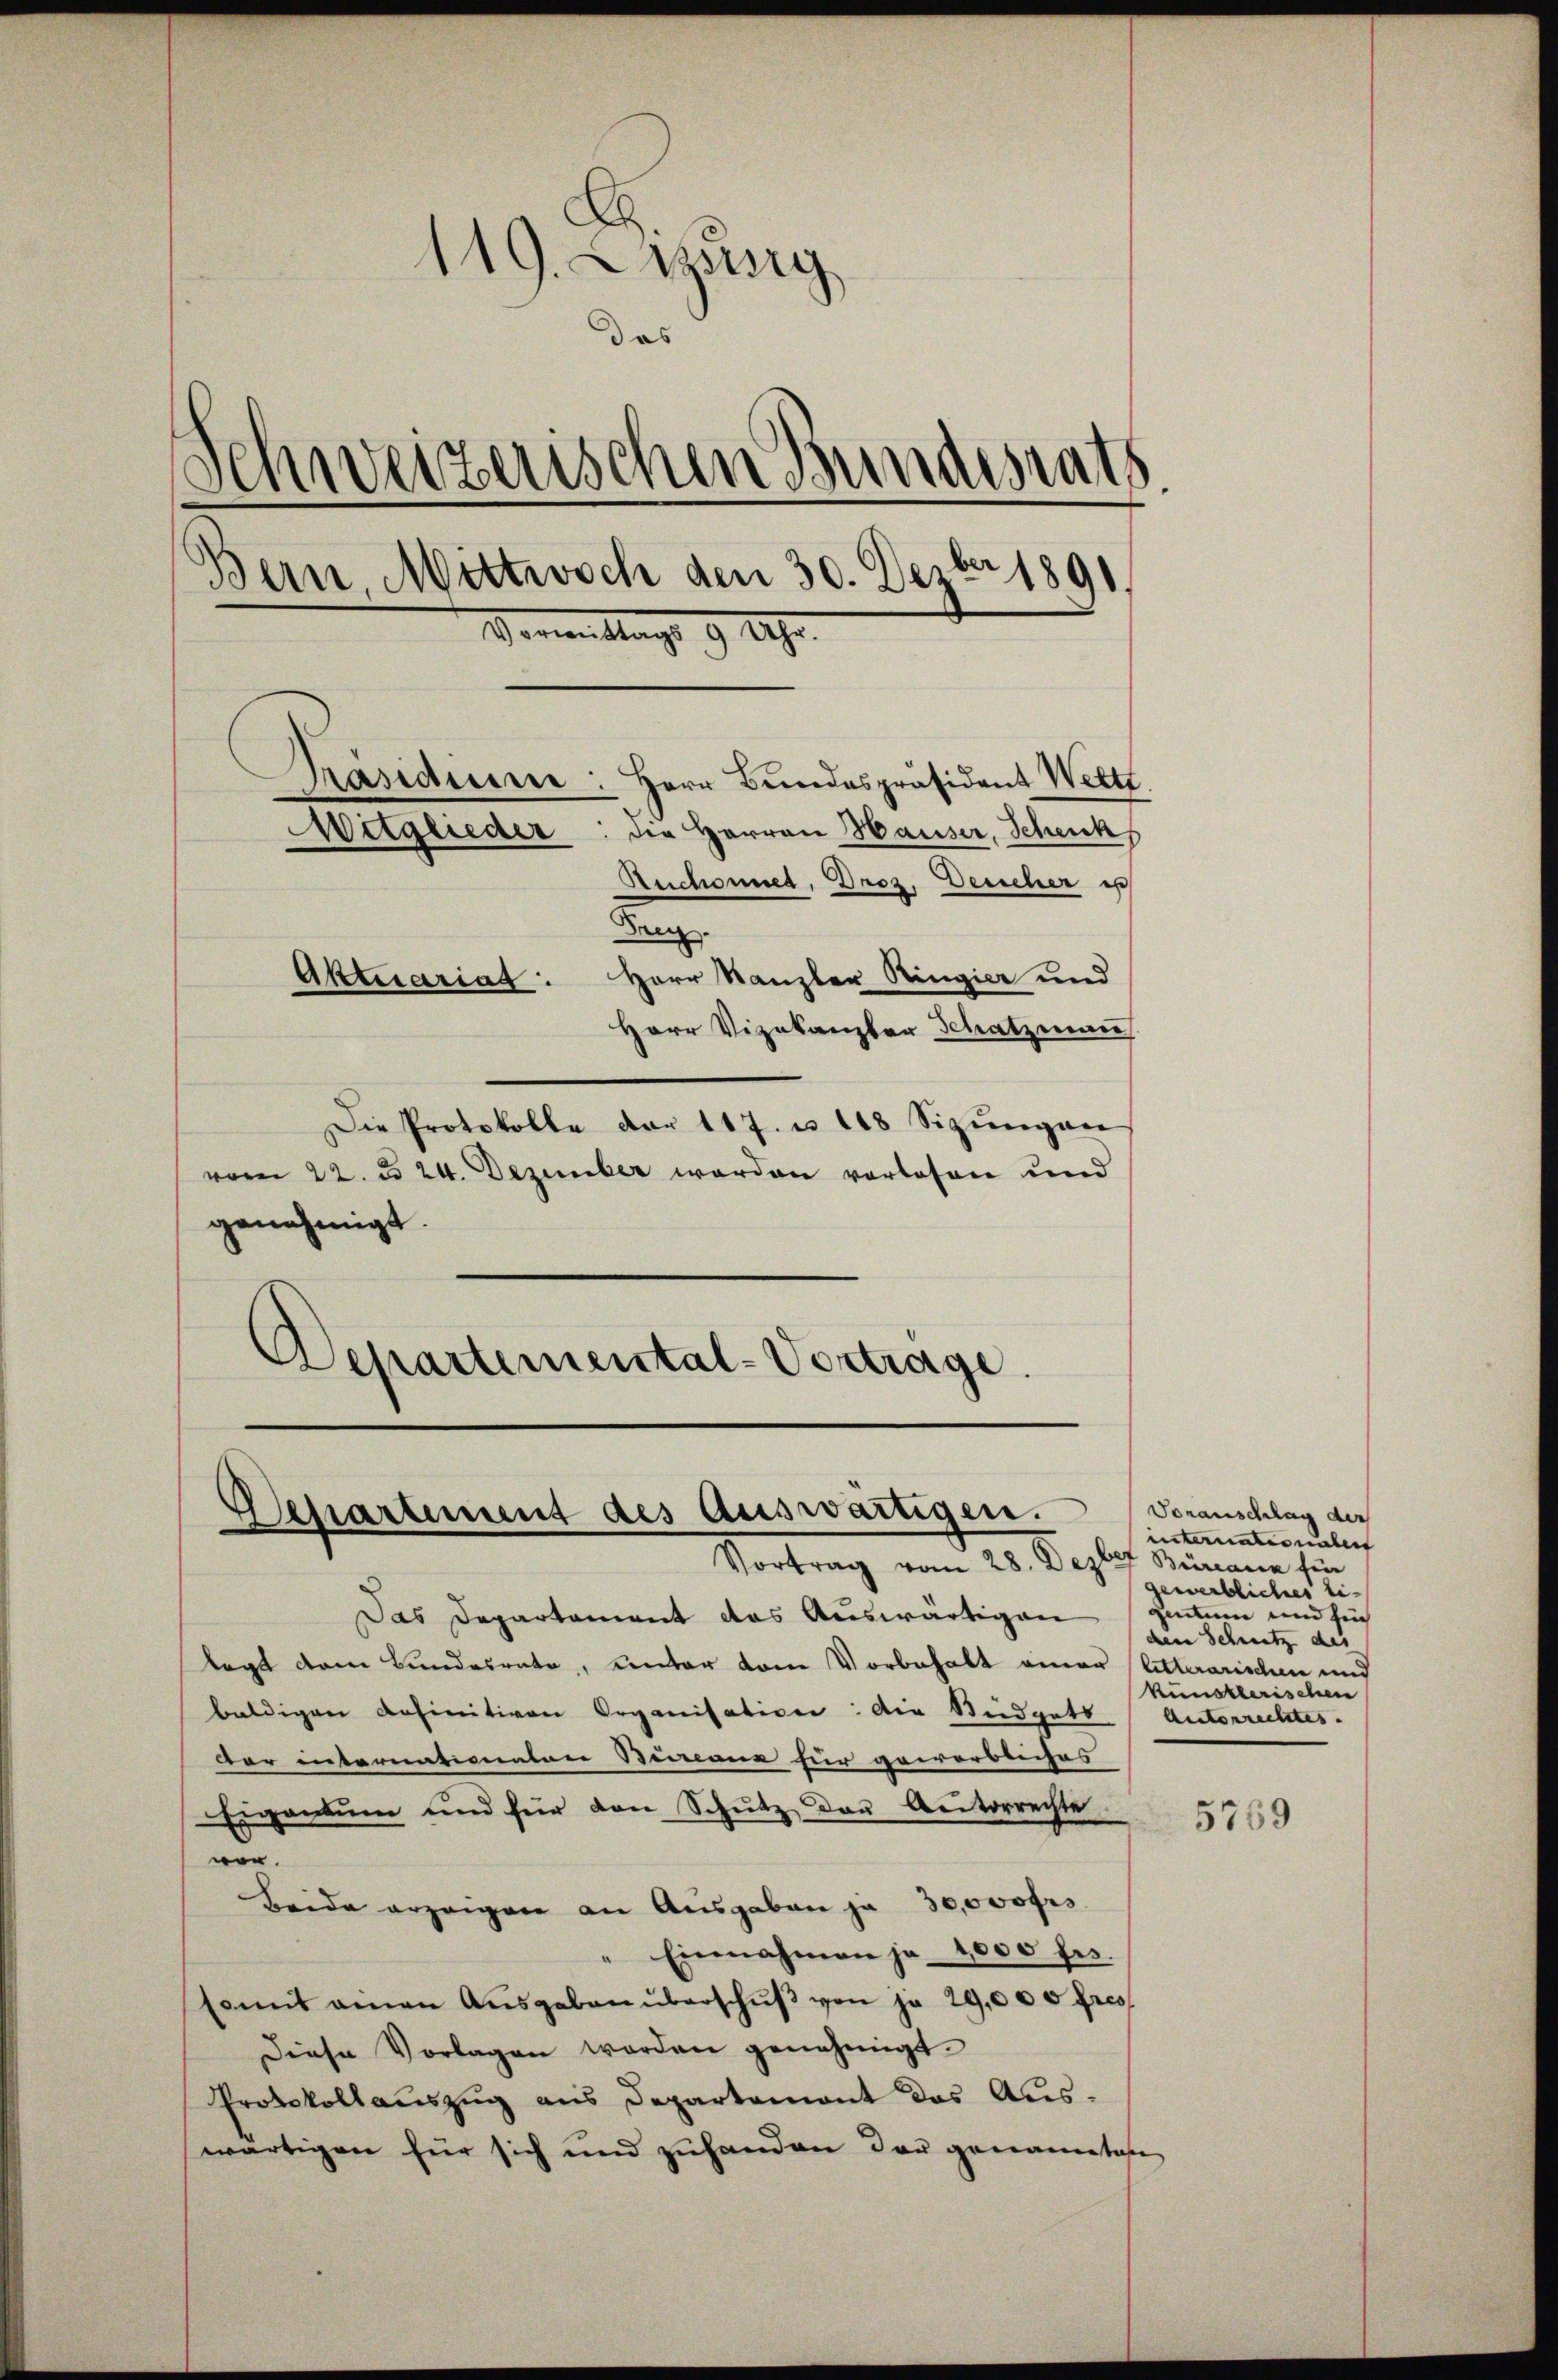
119. Lazsig
das
d
Weizerischen Bundesrath
Bern, Mittwoch den 30. Decbr 1891
Vormittags 9 Uhr.
Präsidium: Herr Bundespräsident Wett
die Herren Hauser, Schenk
Mitglieder
Aechannes, Droz. Deucher is

Dre
Aktuariat: Herr Kanzler Ringier und
Herr Vizekanzler Schatzmann
Die Protokolle der 117. u. 148 Sizŭngen
vom 22. d. 24. Dezember werden vorlesen und
genehmigt.
Departemental-Vortrage.

Departement des Auswärtigen.
Vortrag vom 28. Dezber Büreaux für

Das Departement das Auswärtigen zitum und sich
lage dem Bundesrate, unter vom Vorbehalt einer litterarischen und
baldigen definitiven Organisation: Die Steidgets Unterrechtes.
Dar internationalen Simona für gewerbliches
Eigentum und für den Schŭtz das Autorrechte.
vor.
Beide erzeigen an Ausgaben ja 30,000 frs.
" Einnahmen je 1000 fr.
Ermit einen Aŭsgaben überschŭβ von je 29,000 fres
Diese Vorlagen worden genehmigt.
Protokollauszug aus Departemont des Auswärtigen für sich und zuhanden der genanntes

Voranschlag der
internationalen
gewerbliches Eiden Schmutz des
künstlerischen

5759